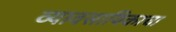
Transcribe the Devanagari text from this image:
व्यावसायिकाचा